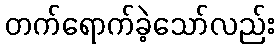
တက်ရောက်ခဲ့သော်လည်း